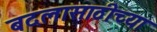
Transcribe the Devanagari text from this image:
बदलासाठीच्या